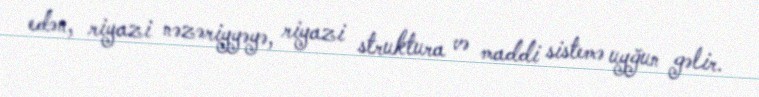
edən, riyazi nəzəriyyəyə, riyazi struktura və maddi sistemə uyğun gəlir.